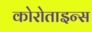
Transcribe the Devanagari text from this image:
कोरोताइन्स